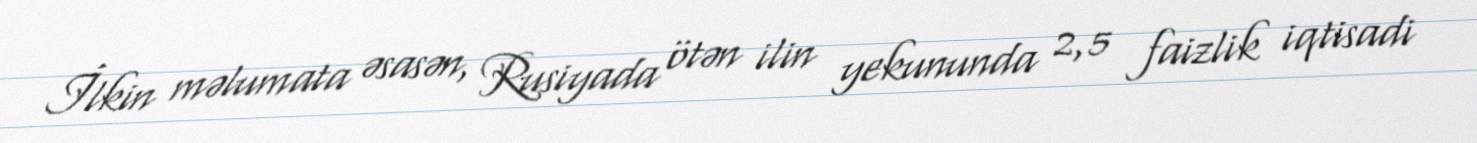
İlkin məlumata əsasən, Rusiyada ötən ilin yekununda 2,5 faizlik iqtisadi